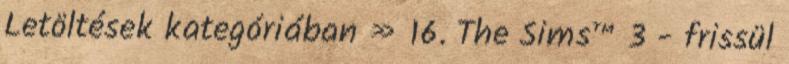
Letöltések kategóriában » 16. The Sims™ 3 - frissül